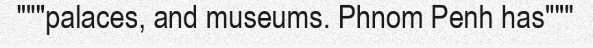
"""palaces, and museums. Phnom Penh has"""